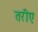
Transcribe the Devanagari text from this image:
तरीए